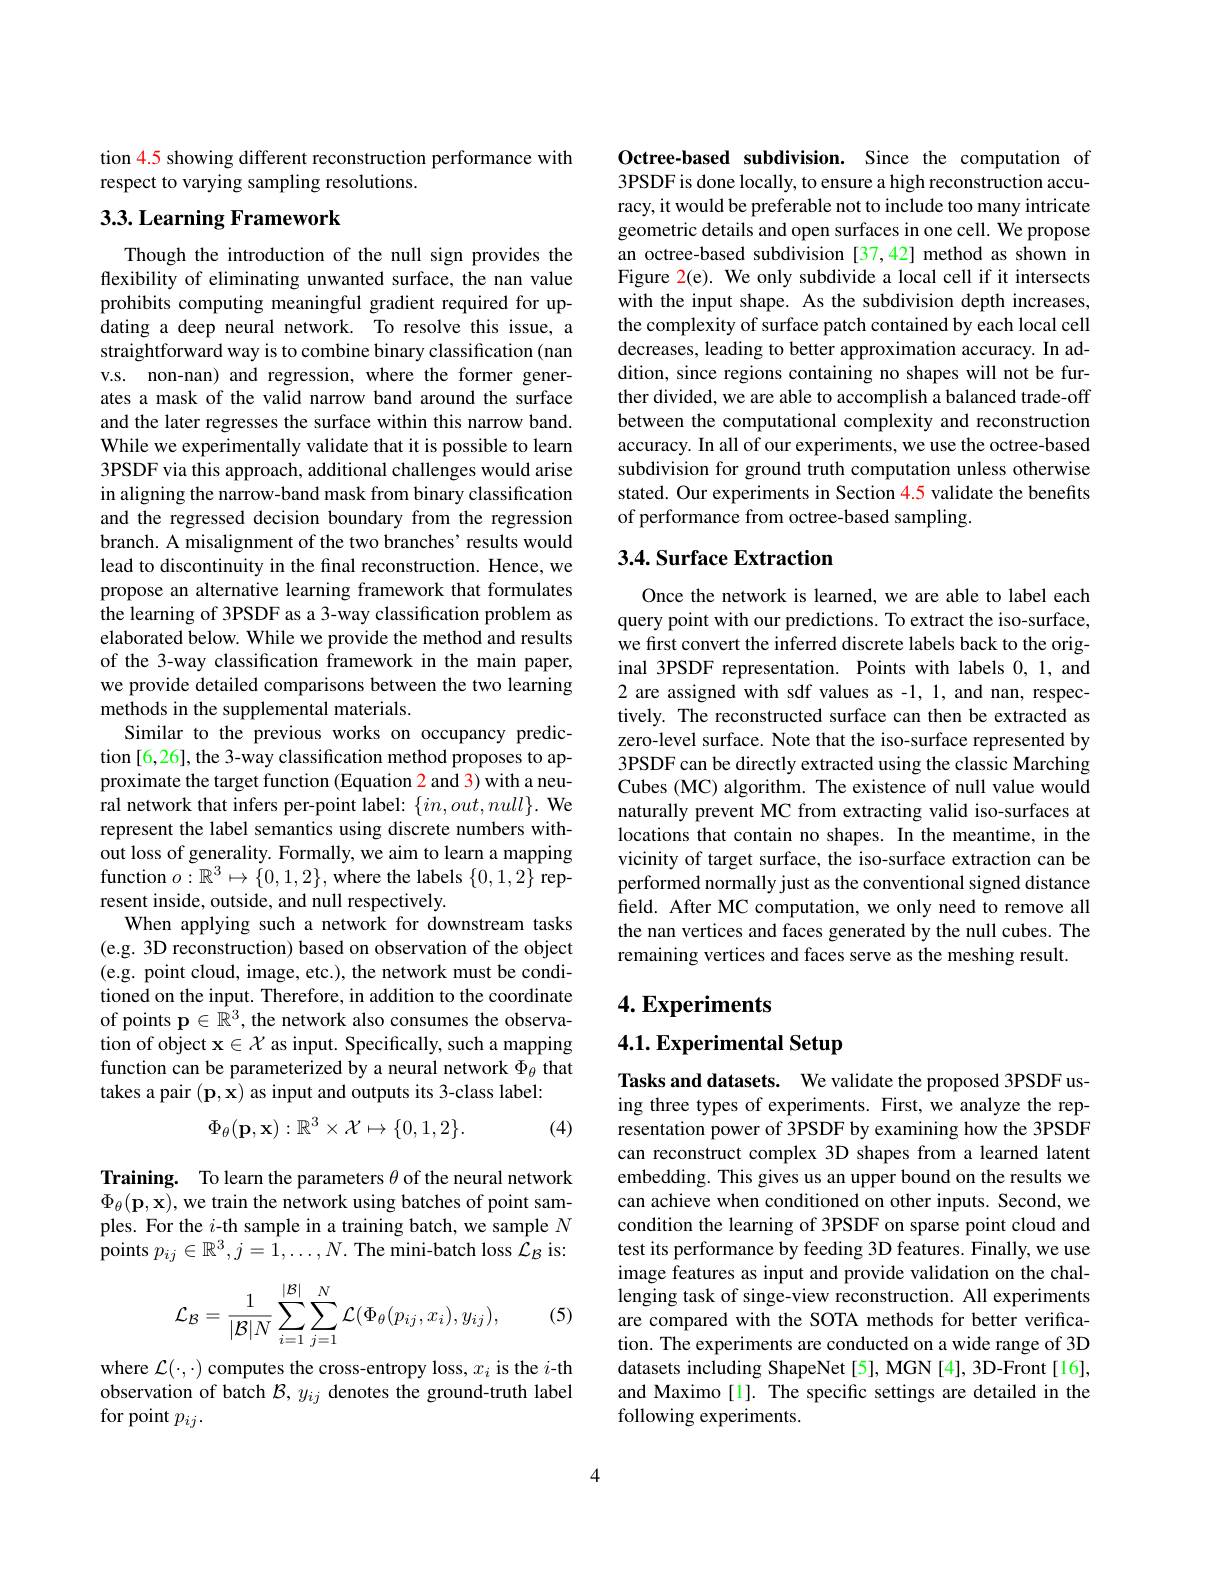
tion 4.5 showing different reconstruction performance with
respect to varying sampling resolutions.

## 3.3. Learning Framework

Though the introduction of the null sign provides the flexibility of eliminating unwanted surface, the nan value prohibits computing meaningful gradient required for updating a deep neural network. To resolve this issue, a straightforward way is to combine binary classification (nan v.s. non-nan) and regression, where the former generates a mask of the valid narrow band around the surface and the later regresses the surface within this narrow band. While we experimentally validate that it is possible to learn 3PSDF via this approach, additional challenges would arise in aligning the narrow-band mask from binary classification and the regressed decision boundary from the regression branch. A misalignment of the two branches' results would lead to discontinuity in the final reconstruction. Hence, we propose an alternative learning framework that formulates the learning of 3PSDF as a 3-way classification problem as elaborated below. While we provide the method and results of the 3-way classification framework in the main paper, we provide detailed comparisons between the two learning methods in the supplemental materials.
Similar to the previous works on occupancy prediction [6,26], the 3-way classification method proposes to approximate the target function (Equation 2 and 3) with a neural network that infers per-point label: $\{in,out,null\}.$ We represent the label semantics using discrete numbers without loss of generality. Formally, we aim to learn a mapping function $o:\mathbb{R}^3\mapsto\{0,1,2\}$, where the labels $\{0,1,2\}$ represent inside, outside, and null respectively.
When applying such a network for downstream tasks (e.g. 3D reconstruction) based on observation of the object (e.g. point cloud, image, etc.), the network must be conditioned on the input. Therefore, in addition to the coordinate of points $\mathbf{p}\in\mathbb{R}^3$, the network also consumes the observation of object $\mathbf{x}\in\mathcal{X}$ as input. Specifically, such a mapping function can be parameterized by a neural network $\Phi_\mathrm{\theta}$ that takes a pair $(\mathbf{p},\mathbf{x})$ as input and outputs its 3-class label:
$$\Phi_\theta(\mathbf{p},\mathbf{x}):\mathbb{R}^3\times\mathcal{X}\mapsto\{0,1,2\}.$$
(4)

Training. To learn the parameters $\theta$ of the neural network $\Phi_{\theta}(\mathbf{p},\mathbf{x})$,we train the network using batches of point samples. For the $i$-th sample in a training batch, we sample $N$ points $p_ij\in\mathbb{R}^3,j=1,\ldots,N.$ The mini-batch loss $\mathcal{L}_{\mathcal{B}}$ is:
$$\mathcal{L}_{\mathcal{B}}=\frac{1}{|\mathcal{B}|N}\sum_{i=1}^{|\mathcal{B}|}\sum_{j=1}^{N}\mathcal{L}(\Phi_{\theta}(p_{ij},x_{i}),y_{ij}),$$
(5)

where $\mathcal{L}(\cdot,\cdot)$ computes the cross-entropy loss, $x_i$ is the $i$-th observation of batch $\mathcal{B},y_{ij}$ denotes the ground-truth label for point $p_{ij}.$

Octree-based subdivision. Since the computation of 3PSDF is done locally, to ensure a high reconstruction accuracy, it would be preferable not to include too many intricate geometric details and open surfaces in one cell. We propose an octree-based subdivision [37,42] method as shown in Figure 2(e). We only subdivide a local cell if intersects with the input shape. As the subdivision depth increases, the complexity of surface patch contained by each local cell decreases, leading to better approximation accuracy. In addition, since regions containing no shapes will not be further divided, we are able to accomplish a balanced trade-off between the computational complexity and reconstruction accuracy. In all of our experiments, we use the octree-based subdivision for ground truth computation unless otherwise stated. Our experiments in Section 4.5 validate the benefits of performance from octree-based sampling.

## 3.4. Surface Extraction

Once the network is learned, we are able to label each query point with our predictions. To extract the iso-surface, we first convert the inferred discrete labels back to the original 3PSDF representation. Points with labels 0,1, and 2 are assigned with sdf values as -1, 1, and nan, respectively. The reconstructed surface can then be extracted as zero-level surface. Note that the iso-surface represented by 3PSDF can be directly extracted using the classic Marching Cubes (MC) algorithm. The existence of null value would naturally prevent MC from extracting valid iso-surfaces at locations that contain no shapes. In the meantime, in the vicinity of target surface, the iso-surface extraction can be performed normally just as the conventional signed distance field. After MC computation, we only need to remove all the nan vertices and faces generated by the null cubes. The remaining vertices and faces serve as the meshing result.

## $4. \textbf{Experiments}$

4.1. Experimental Setup

Tasks and datasets. We validate the proposed 3PSDF using three types of experiments. First, we analyze the representation power of 3PSDF by examining how the 3PSDF can reconstruct complex 3D shapes from a learned latent embedding. This gives us an upper bound on the results we can achieve when conditioned on other inputs. Second, we condition the learning of 3PSDF on sparse point cloud and test its performance by feeding 3D features. Finally, we use image features as input and provide validation on the challenging task of singe-view reconstruction. All experiments are compared with the SOTA methods for better verification. The experiments are conducted on a wide range of 3D datasets including ShapeNet [5], MGN [4], 3D-Front[16], and Maximo [1]. The specific settings are detailed in the following experiments.

4